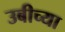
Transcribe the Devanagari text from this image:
उबीच्या